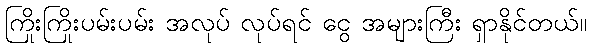
ကြိုးကြိုးပမ်းပမ်း အလုပ် လုပ်ရင် ငွေ အများကြီး ရှာနိုင်တယ်။